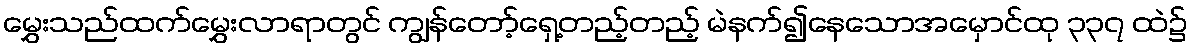
မွှေးသည်ထက်မွှေးလာရာတွင် ကျွန်တော့်ရှေ့တည့်တည့် မဲနက်၍နေသောအမှောင်ထု ၃၃၇ ထဲ၌